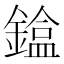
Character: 𨫸